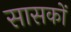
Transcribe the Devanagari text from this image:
सासकों